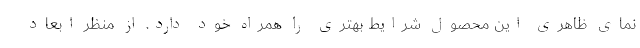
نمای ظاهری این محصول شرایط بهتری را همراه خود دارد. از منظر ابعاد